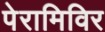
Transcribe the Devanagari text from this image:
पेरामिविर